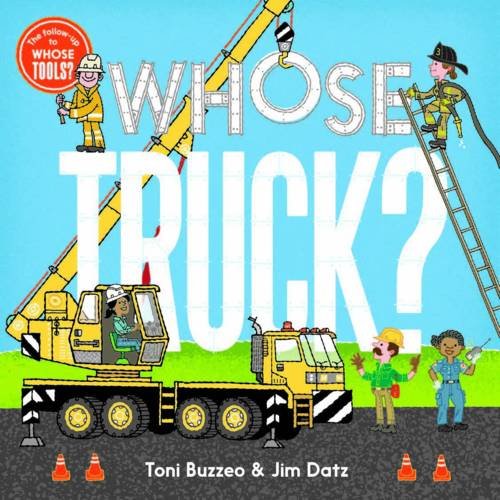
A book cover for Whose Truck? (Whose Tools?); Toni Buzzeo; Children's Books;